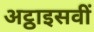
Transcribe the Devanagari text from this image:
अट्ठाइसवीं